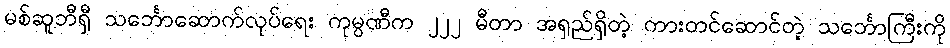
မစ်ဆူဘီရှီ သင်္ဘောဆောက်လုပ်ရေး ကုမ္ပဏီက ၂၂၂ မီတာ အရှည်ရှိတဲ့ ကားတင်ဆောင်တဲ့ သင်္ဘောကြီးကို